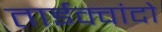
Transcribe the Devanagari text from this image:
ताईक्वांदो